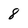
Character: 8